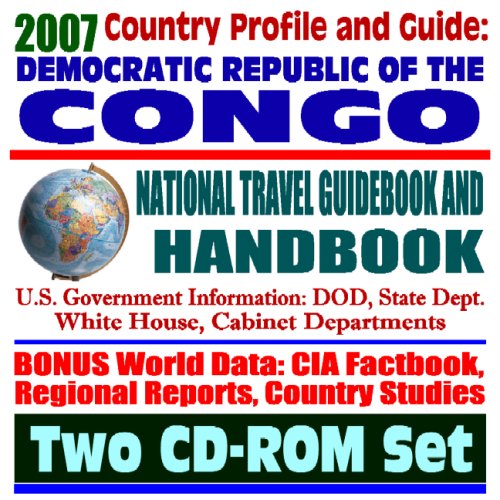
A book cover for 2007 Country Profile and Guide to Democratic Republic of Congo, Kinshasha, formerly Zaire - National Travel Guidebook and Handbook - USAID Reports, ... and Agriculture, Trade (Two CD-ROM Set); U.S. Government; Travel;